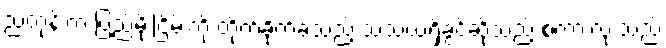
ညတုန်းက ပြည်မိုးငြိမ်းကို တိုက်ခိုက်ခဲ့သည့် သံသယရှိခွင့်ဆိုသည့် စကားလုံးသည်